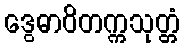
ဒွေဓာဝိတက္ကသုတ္တံ